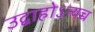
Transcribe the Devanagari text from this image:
उद्वाहोऽन्यच्च